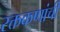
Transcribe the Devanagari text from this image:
रक्तकणांची